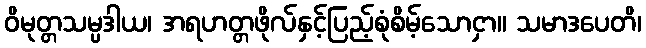
ဝိမုတ္တသမ္ပဒါယ၊ အရဟတ္တဖိုလ်နှင့်ပြည့်စုံစိမ့်သောငှာ။ သမာဒပေတိ၊